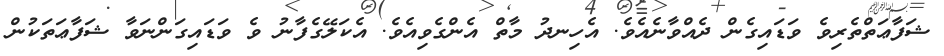
ޝަފާޢަތްތެރިވެ ވަޑައިގެން ދެއްވާނެއެވެ. އެހިނދު މާތް އެންގެވިއެވެ. އެކަލޭގެފާނު ވެ ވަޑައިގަންނަވާ ޝަފާޢަތަކުން